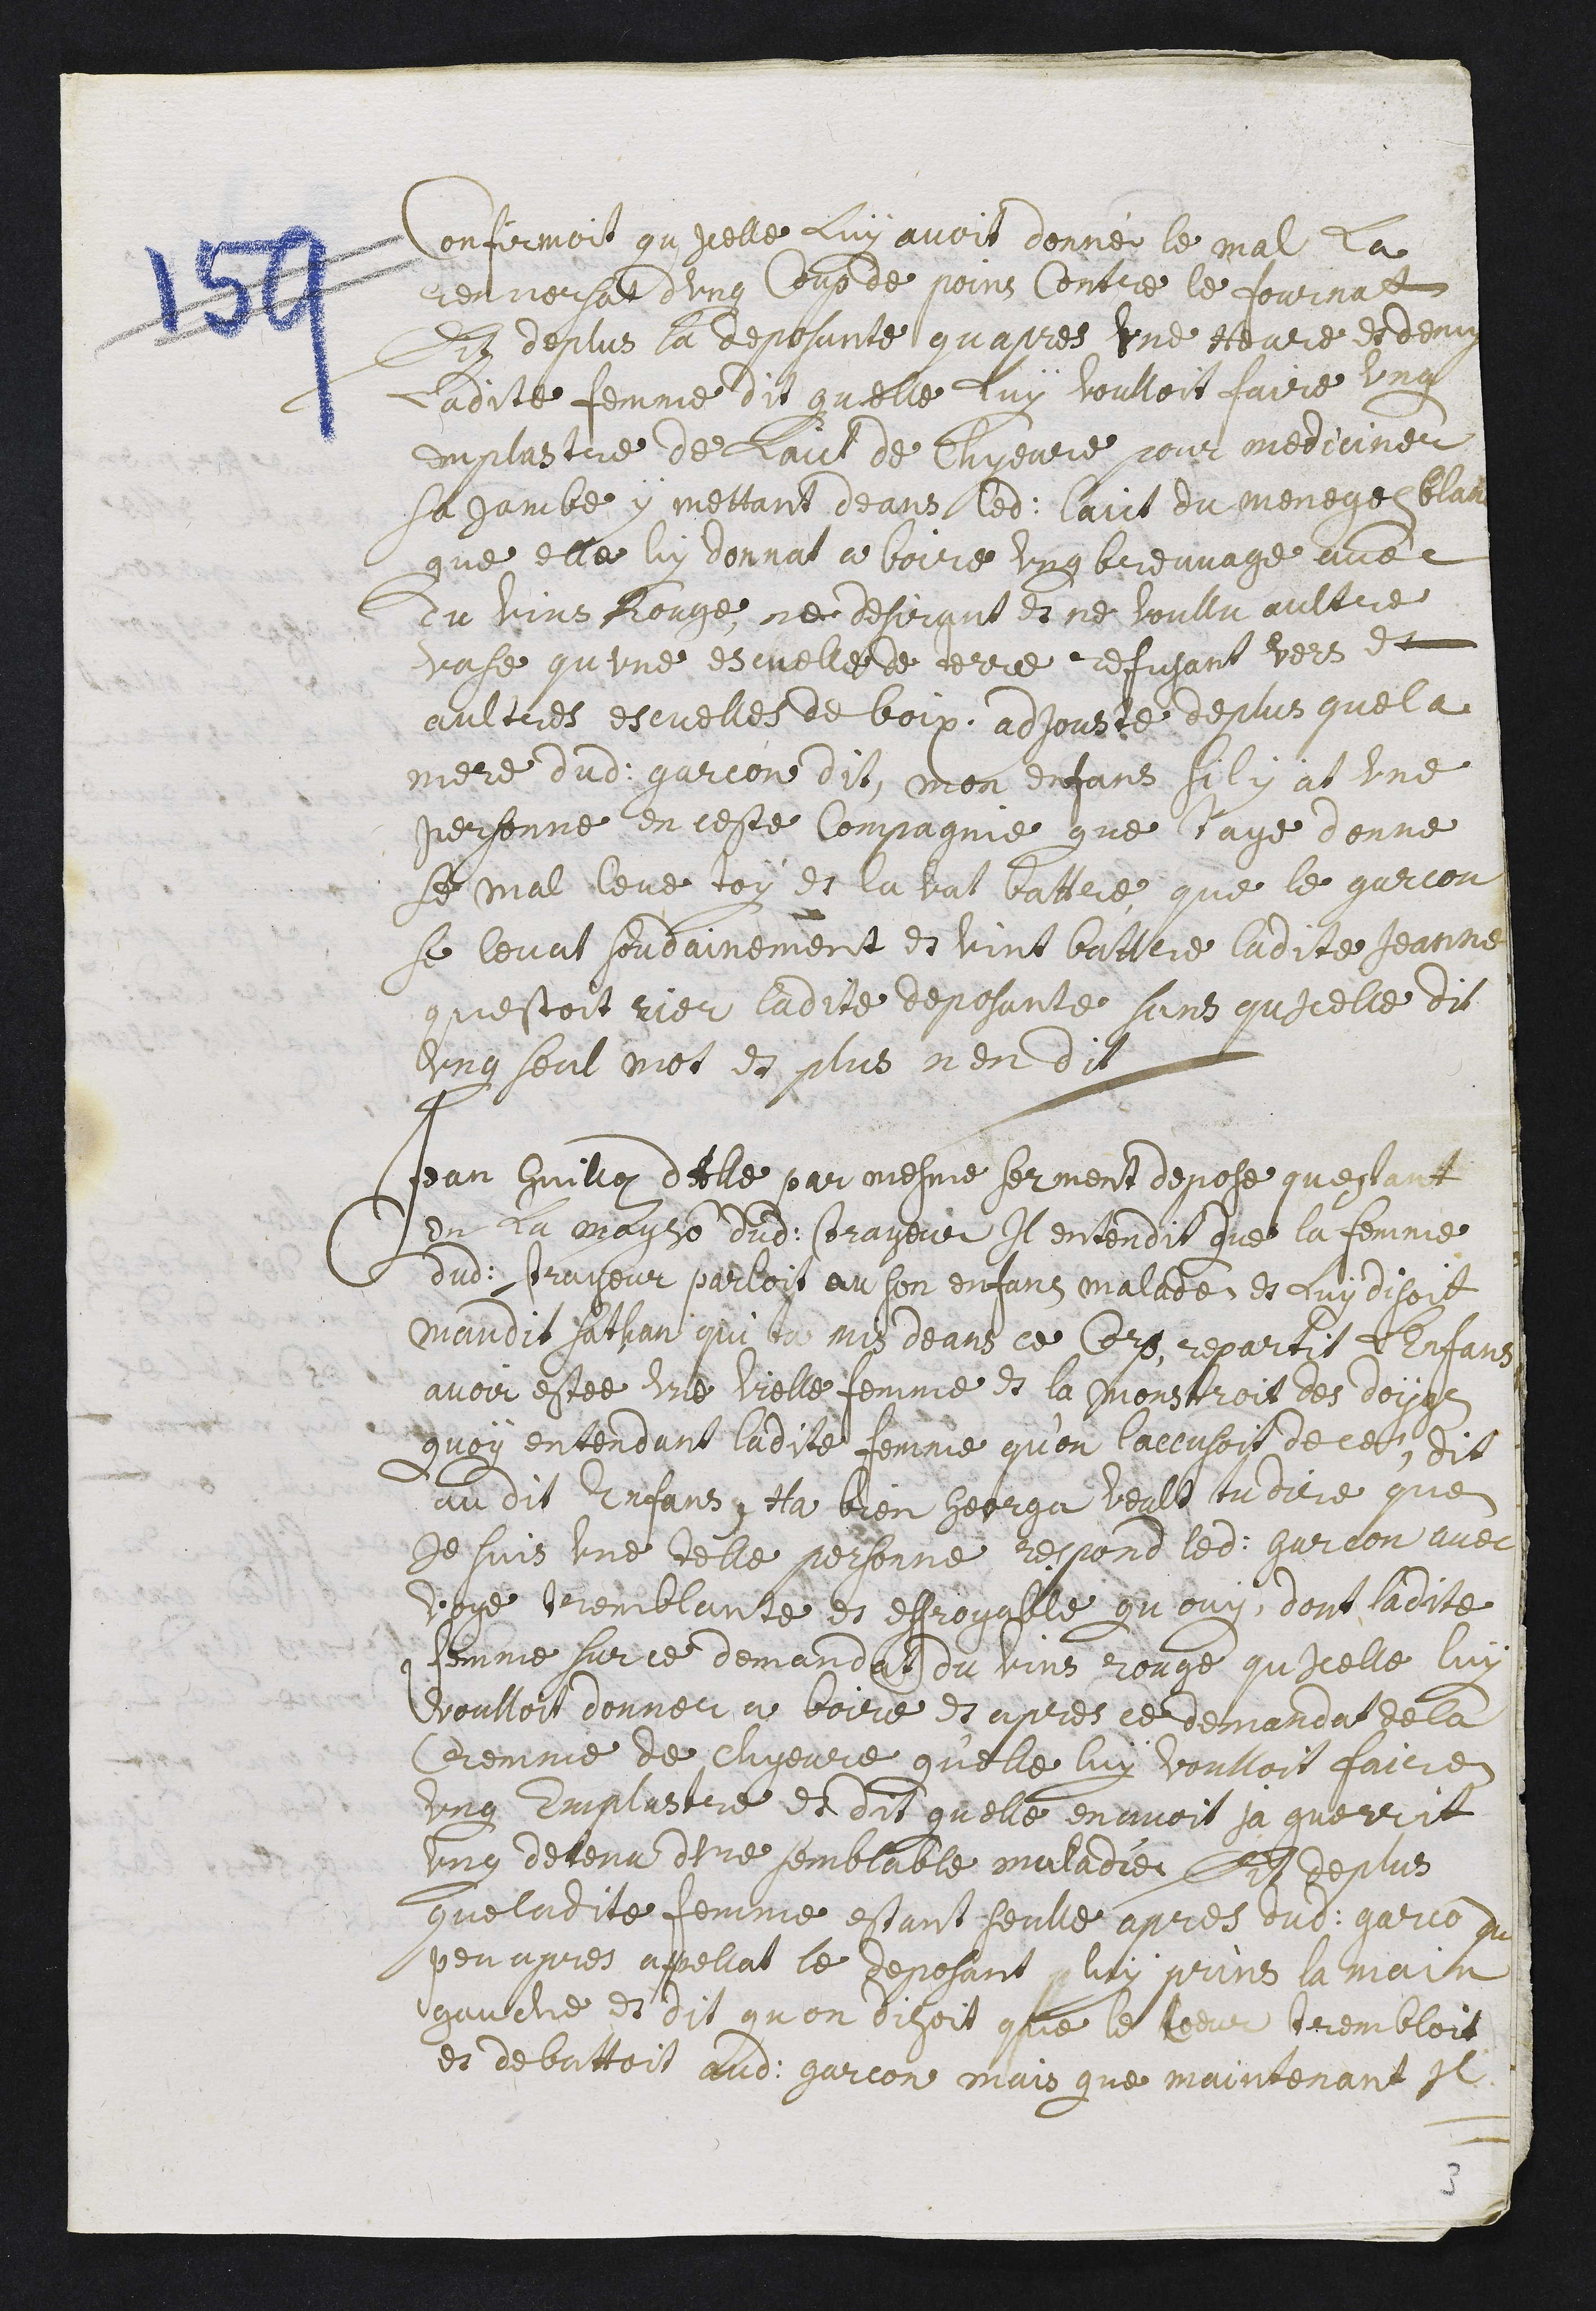
confirmoit qu’icelle luy avoit donné le mal la
renversat d’ung coup de poins contre le fournat.
Dit de plus la deposante qu’apres une heure et demy
ladite femme dit qu’elle luy voulloit faire ung
emplastre de lait de chyevre pour mediciner
sa jambe, y mettant deans ledit lait du menegey blanc.
Que elle luy donnat a boire ung breuvage avec
du vins rouge, ne desirant et ne voullu aultre
vase qu’une escuelle de terre refusant vers et
aultres escuelles de boix. Adjouste de plus que la
mere dudit garcon dit : « Mon enfans s’il y at une
personne en ceste compagnie que t’aye donne
se mal leve toy et la vat battre ». Que le garcon
se levat soudainement et vint battre ladite Jeanne
qu’estoit rier ladite deposante sans qu’icelle dit
ung seul mot. Et plus n’en dit.
Jean Guilloz d’Alle par mesme serment depose qu’estant
en la mayson dudit trayeur il entendit que la femme
dudit trayeur parloit au son enfans malade et luy disoit
maudit Sathan qui t’as mis deans ce corp. Repartit l’enfans
avoir estee une vielle femme et la monstroit des doygs
quoy entendant ladite femme qu’on l’accusoit de ce, dit
au dit enfant : « Ha bien George veult tu dire que
je suis une telle personne ? ». Respond ledit garcon avec
voye tremblante et effroyable qu’ouy, dont ladite
femme sur ce demandat du vins rouge qu’icelle luy
voulloit donner a boire et apres ce demandat de la
cremme de chyevre quelle luy voulloit faire
ung emplastre et dit qu’elle en avoit ja guerrit
ung detenu d’une semblable maladie. Dit de plus
que ladite femme estant seulle apres dudit garcon qu[e]
peu apres appellat le deposant luy prins la main
gauche et dit qu’on disoit que le coeur trembloit
et debattoit audit garcon mais que maintenant il